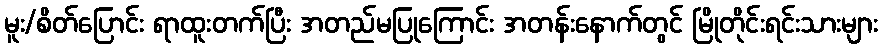
မူး/စိတ်ပြောင်း ရာထူးတက်ပြီး အတည်မပြုကြောင်း အတန်းနောက်တွင် မြိုတိုင်းရင်းသားများ